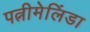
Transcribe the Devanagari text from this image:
पत्नीमेलिंडा